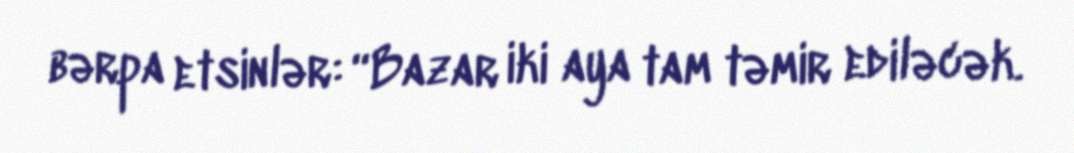
bərpa etsinlər: “Bazar iki aya tam təmir ediləcək.